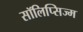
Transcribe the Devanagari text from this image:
सॉलिप्सिज्म